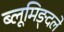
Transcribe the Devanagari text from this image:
ब्लूमिङ्दले